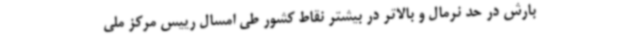
بارش در حد نرمال و بالاتر در بیشتر نقاط کشور طی امسال رییس مرکز ملی